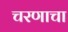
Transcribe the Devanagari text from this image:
चरणाचा